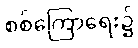
စစ်ကြောရေး၌